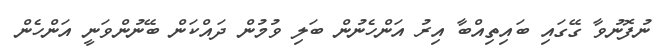
ނުފޮނުވާ ގޭގައި ބައިތިއްބާ އިރު އަންހެނުން ބަލި ވުމުން ދައްކަން ބޭނުންވަނީ އަންހެން